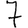
Digit: 7